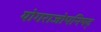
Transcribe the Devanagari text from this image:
योगराजोपनिषद्